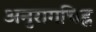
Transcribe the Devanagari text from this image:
अनुरागचिह्न